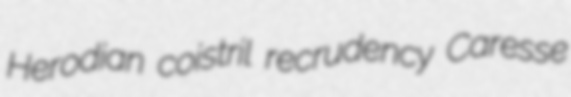
Herodian coistril recrudency Caresse